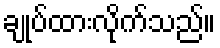
ချုပ်ထားလိုက်သည်။